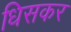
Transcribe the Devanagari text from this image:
धिसकर